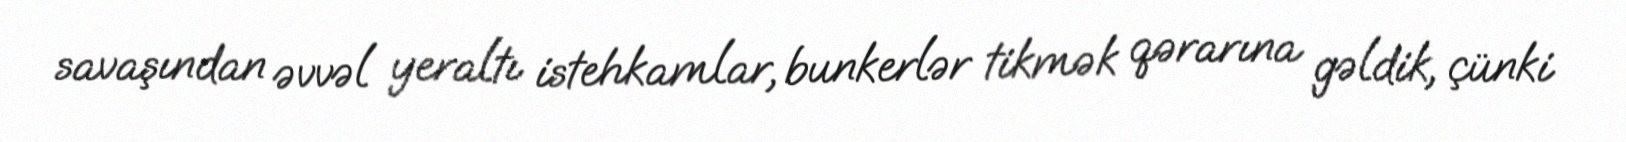
savaşından əvvəl yeraltı istehkamlar, bunkerlər tikmək qərarına gəldik, çünki